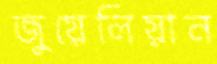
জুয়েলিয়ান